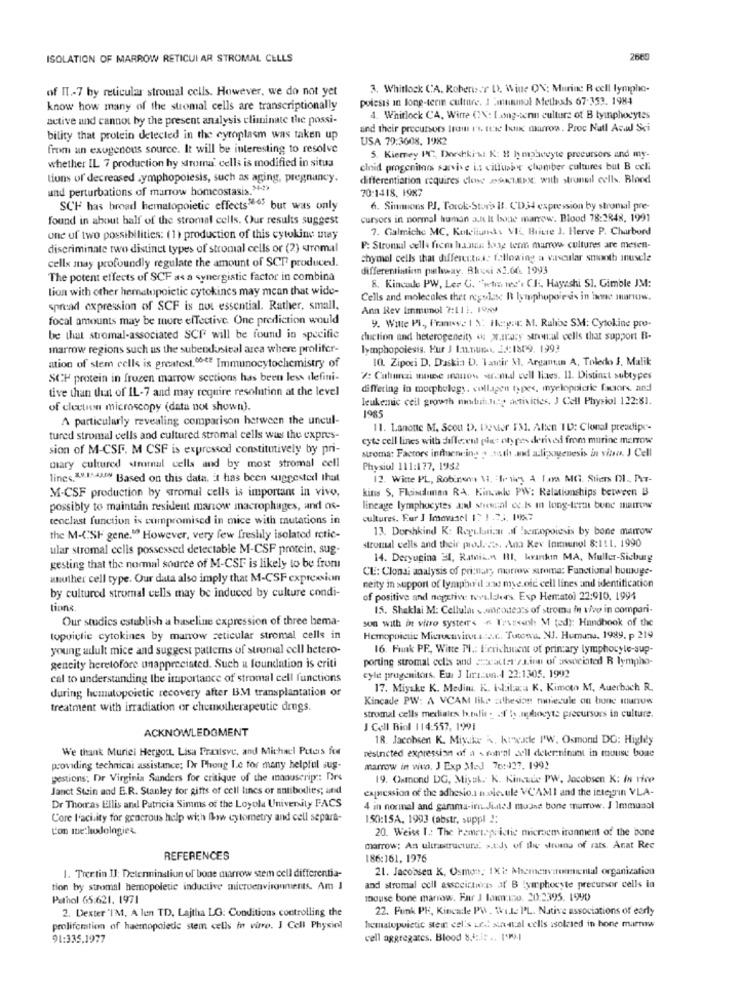
ISOLATION OF MARROW RETICULAR STROMAL CELLS
2669
of IT .- 7 by reticular stromal cells. However, we do not yet
3. Whitlock CA. Rohenser D, Wine ON; Muring R cell lympho-
poiesis in long-term culture. I munol Mellexls 67-353. 1984
know how many of the stromal cells are transcriptionally
active and cannot by the present analysis eliminate the possi-
4. Whitlock CA, Wirre ON: Long-wenn culture of B lymphocytes
and their precursors Irom r's, teac Inc marron. Proc Natl Acad Sci
bility that protein detected in the cytoplasm was taken up
USA 79:3608, 1982
from an exogenous source. It will be interesting to resolve
5. Kiemey PC, Dorchki-s K: 8 h mp3ccyte precursors and my-
whether IL 7 production hy stroma' cells is modified in situa
elnid progenites sarvive i.s villusing chamber cultures but B celi
tions of decreased Lymphopoiesis, such as aging, pregnancy.
differentiation requires close 2because with stroneil cells. Blood
und perturbations of marrow homeostasis." -**
70:1418, 1987
SCH has broad hematopoietic effects5-65 but was only
6. Simmons PJ, Torok-Stora 18. CD34 expression by stromal pre-
found in about half of the stromal cells. Our results suggest
cursoes in normal human a.k lt bone marrow. Blood 78:2848, 1991
7. Galmiche MC, Koteliuns VIL Bitte J. Herve P. Charbord
one of two possibilities: (1) production of this cytokine may
discriminate two distinct types of stromal cells or (2) uromal
P: Stromal cells frem hans long term marrow cultures are mesen-
cellx may profoundly regulate the amount of SCT produced.
chymal cells that differentes. following a vascular smooth muscle
differentiation parleway. Bhosi $1.06. 1993
The potent effects of SCF as a synergistic factor in combina
tion with other hematopoietic cytokines may mean that wide-
8. Kincade PW, Les G. "wtra tes'. CH. Hayashi SI. Gimble JM:
Cells and molecules thet regolase R lymphopoiesis in bone marrow.
spread expression of SCF is not essential. Rather, small,
Ann Rev Immunol 7:111. 1959
focal amounts may be more effective. One prediction would
y. Wille Pi ,, Frameve l X Heyn. M. Rahbe SM: Cytokine pro-
be that stromal-associated SCI will be found in specific
chiction and heterogeneity os w.frary stronal cells that support B-
marrow regions such as the subendusteal area where prolifer-
lymphopoiesis. Pur J Innune, 22:1809. 1993
10. Zipori D. Daskia D. Tamir M. Argantan A, Toledo J. Malik
ation of stem cells is greatest, 00€? Immunocytochemistry of
SCH protein in frozen marrow sections has been less defini-
#: Cuhuna mone inanow strandl cell lives. 11. Distinct subtypes
tive than that of IL-7 and may require resolution at the level
differing in morphelegs, collagen types, ingelopoicrie factors and
leukemic cell growth mouth.lily activities, J Cell Physiol 122:81.
of cleetun microscopy (data not shown).
A particularly revealing comparison between the uncul-
1985
11. Lanotte M. Scou D. Dover FM1. Allen'ID: Clonal presdipr-
tured stromal cells and cultured stromal cells was the expres-
cyte cell lines with different plet oty pes derived from murine marrow
sion of M-CSF. M CSF is expressed constitutively by pri-
stroma: Factors influencing . woth and aliexogenesis in vitro. J Cell
mary cultured wiromal cells and by most stromal cell
Physiol 111:177, 1952
lincs. 3.8.1543 Based on this data, Et has been suggested that
12. Witte PL, Robinen 1. fr niey A Lara MG. Stiens DI ., AT-
M-CSF production by stromal cells is important in vivo,
kits S, Flaindiman RA. Kinnle PWV: Relationships between B3
possibly to maintain resident manow macrophages, and os-
lineage lymphocytes and showcal ec.Is in long-term bone marroww
teoclast function is compromised in mice with mutations in
cultures. Eur ] Immusel 1: 1 23. 19%7
13. Dorshkind K: Regulation . hemapoiesis by bone marrow
the M-(SF gene." However, very few freshly isolated rctic-
ular stromal cells possessed detectable M-CSF protein, sug-
stromal cells and their prod. ... Ana Kev Inmunol 8:111. 1990
14. Deryugina 34, Ratnik.n III, krankın MA, Muller-Sicburg
gesting that the normal source of M-CSF is likely to be from
CL: Clonai analysis of primary marrow suroma: Functional hoursge-
unuther cell type. Our data also imply that M-CSF expression
by cultured stromal cells may be induced by culture condi-
neity in support of lympho'd anne mye.old cell lines and identification
of positive and negative teva.lakers. Esp Herratol 22:910. 1994
tions
15. Shaklai M: Cellular somcouea's of stromu in vivo in compari-
Our studies establish a baseline expression of three bema-
son with at vitro syster's - Tvesenh M ted): Handbook of the
topuiclie cytokines by marrow zeticular stromal cells in
Hemopoicue Microenvitus.a.s.t .. Tutowa, NJ. Humans, 1989. p 219
young adult mice and suggest pattems of stromal cell hetero-
16. Funk PF, Witte Pl .: Ecrichinent of primary lymphocyte-sup-
porting stromal cells and sucatas zainn of associated R lympho-
geneity heretofore unappreciated. Such a foundation is eriti
cal to understanding the importance of stromal cell functions
cyle progenitors. Eur J Iracun.1 22:1305. 1992
during hemutopoietic recovery after BM transplantation of
17. Miyake K. Medim. K. ililaca K, Kimcto M, Auerbach R.
Kincade PW: A VCAM like athesion niecule on bone tunow
treatment with irradiation or chemotherapeutic drugs.
stromal cells mediales humuling af bonghiocyte precursors in culture.
ACKNOWLEDGMENT
J Cell Biol 114:557, 1991
18. Jacobsen K. Miyake i, kuxade I'W. Osmond DG: Higley
We thank Murici Hergott. Lisa Fraalsve, and Michael Puters for
nestnéted expression of a total Sell determinan in use boa
providing technical assistance; IX Phong Le for many helpful sug-
marrow in vivo, J Exp Med 76:427. 1992
gestions; Dr Virginia Sanders for critique of the manuscript: Drs
19. Osmond DG, Miyak. K. Kincute PW, Jacobsen K: In rice
Janct Stein and E.R. Stanley for gifts of cell lines or antibodies; und
expression of the adhesio.1 molecule VCAMI and the integgin VLA-
Dr Thomas Ellis andl Patricia Simms of the Loyola University FACS
4 in normal and gamma-irn. JiteJ muje bone marrow. J Immunol
Core l'aci.ity for gracrous help with flow cytometry and cell separa-
150:15A, 1993 (abstr, suppl ":
L'on methodologies
20. Weiss I .: The Fametepe istic microem iranment of the bone
marrow: As ultrastructure. s.tidy of the stromna of rats. Anat Rec
REFERENCES
186:161, 1976
21. Jacobsen K, Osmon; IXi: Meroenvironmental organization
1. Trertin IJ: Determination of bone marrow stem cell differentia-
tion by stromal hemopoletic inductive microenvironments. Am I
and stromal cell associcaixas of B lymphocyte precursor cells in
Pathol 65:621. 1971
mouse bone marrow. Far J Iom.mo. 20:2395. 1990
2. Dexter 'I'M, A len TD. Lajtha LG: Conditions controlling the
22. Funk PE, Kincade PW, Wile PL. Native associations of early
proliferation of haemopoietic stem cells in varre. J Cell Physinl
hematupoietic stein cel's und stattal cells isolated in hone marmw
91:335.1977
cell aggregates. Blood 8. :. it .. I'M)|